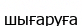
шығаруға